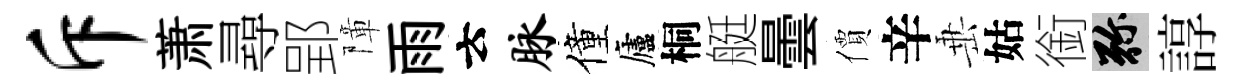
斥萧尋郢障雨云脉僮廬桐艇曇價辛𡸁姑銜弥諄